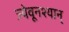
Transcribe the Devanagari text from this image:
ज्येवूनश्यान्